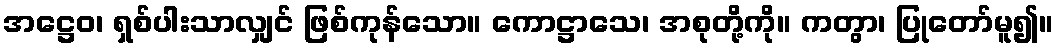
အဋ္ဌေဝ၊ ရှစ်ပါးသာလျှင် ဖြစ်ကုန်သော။ ကောဋ္ဌာသေ၊ အစုတို့ကို။ ကတွာ၊ ပြုတော်မူ၍။